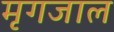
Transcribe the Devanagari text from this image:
मृगजाल